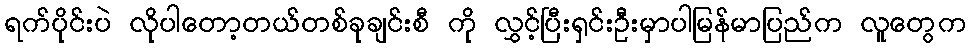
ရက်ပိုင်းပဲ လိုပါတော့တယ်တစ်ခုချင်းစီ ကို လွှင့်ပြီးရှင်းဦးမှာပါမြန်မာပြည်က လူတွေက